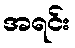
အရင်း